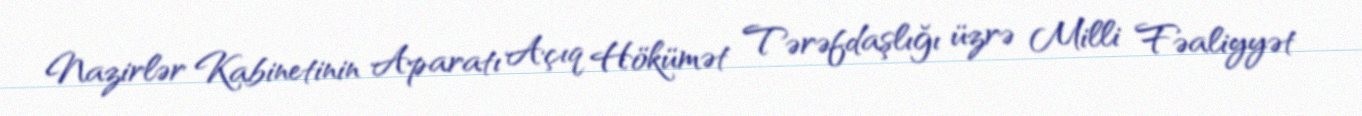
Nazirlər Kabinetinin Aparatı Açıq Hökümət Tərəfdaşlığı üzrə Milli Fəaliyyət